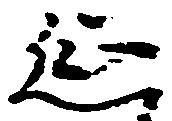
延